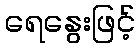
ရေနွေးဖြင့်